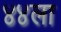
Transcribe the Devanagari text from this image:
४४ला